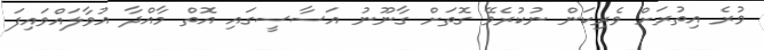
ވުރެ އިތުރަށް ވެރިކަން ނުކުރެވޭ ގޮތަށް ގާނޫނު އަސާސީގައި އޮތް މާއްދާ އުވާލައްވައިފަ